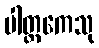
ပါတ္ထကေသု